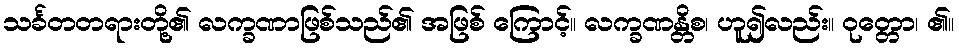
သင်္ခတတရားတို့၏ လက္ခဏာဖြစ်သည်၏ အဖြစ် ကြောင့်။ လက္ခဏန္တိစ၊ ဟူ၍လည်း။ ဝုတ္တော၊ ၏။